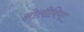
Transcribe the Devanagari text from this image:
ओलीविया